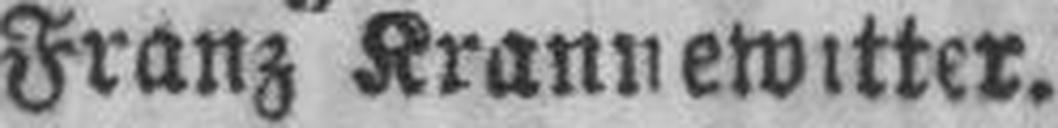
Franz Krannewitter.